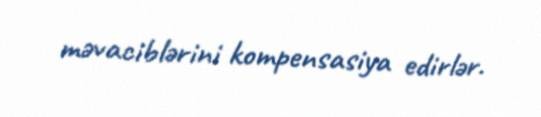
məvaciblərini kompensasiya edirlər.